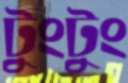
টুংটুং